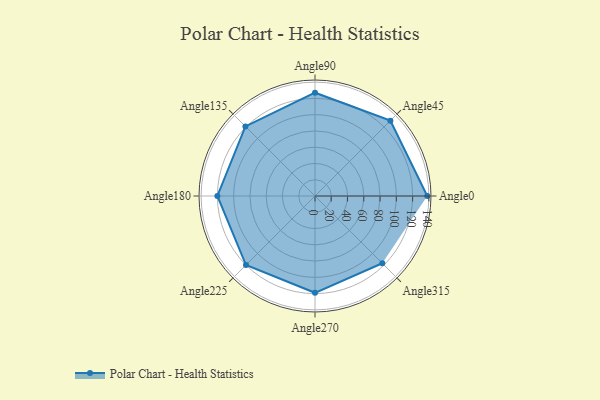
{"axis": {"x": "Angle", "y": "Radius"}, "legend": [""], "data": [{"x": "Angle0", "y": 138.0, "type": ""}, {"x": "Angle45", "y": 131.0, "type": ""}, {"x": "Angle90", "y": 127.0, "type": ""}, {"x": "Angle135", "y": 121.0, "type": ""}, {"x": "Angle180", "y": 120.0, "type": ""}, {"x": "Angle225", "y": 120.0, "type": ""}, {"x": "Angle270", "y": 119.0, "type": ""}, {"x": "Angle315", "y": 117.0, "type": ""}]}